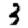
Digit: 3